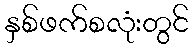
နှစ်ဖက်စလုံးတွင်